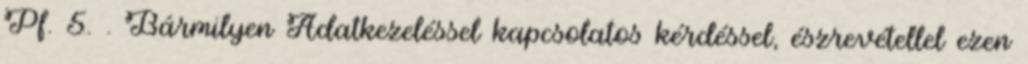
Pf. 5. . Bármilyen Adatkezeléssel kapcsolatos kérdéssel, észrevétellel ezen